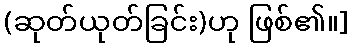
(ဆုတ်ယုတ်ခြင်း)ဟု ဖြစ်၏။]